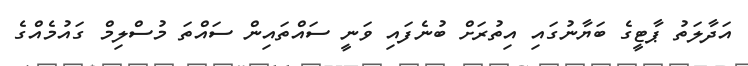
އަދާލަތު ޕާޓީގެ ބަޔާނުގައި އިތުރަށް ބުނެފައި ވަނީ ސައްތައިން ސައްތަ މުސްލިމް ގައުމެއްގެ